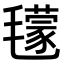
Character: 𣰥